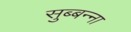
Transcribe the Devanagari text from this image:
सुब्बन्ना